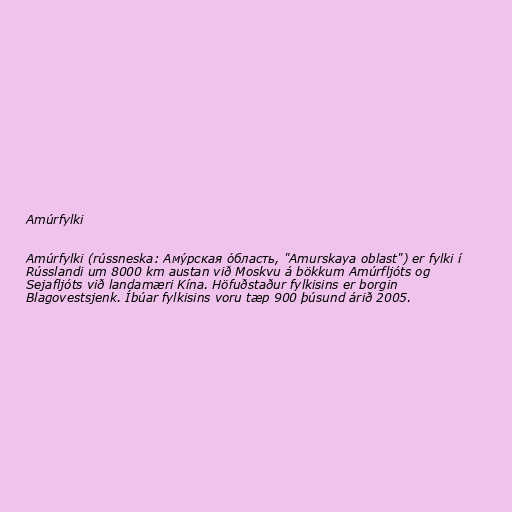
Amúrfylki

Amúrfylki (rússneska: Аму́рская о́бласть, "Amurskaya oblast") er fylki í
Rússlandi um 8000 km austan við Moskvu á bökkum Amúrfljóts og
Sejafljóts við landamæri Kína. Höfuðstaður fylkisins er borgin
Blagovestsjenk. Íbúar fylkisins voru tæp 900 þúsund árið 2005.